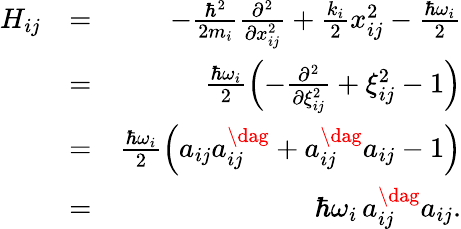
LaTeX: \begin{array}{rlr}{H_{ij}}&{=}&{-\frac{\hbar^{2}}{2m_{i}}\frac{\partial^{2}}{\partial x_{ij}^{2}}+\frac{k_{i}}{2}x_{ij}^{2}-\frac{\hbar\omega_{i}}{2}}\\ &{=}&{\frac{\hbar\omega_{i}}{2}\left(-\frac{\partial^{2}}{\partial\xi_{ij}^{2}}+\xi_{ij}^{2}-1\right)}\\ &{=}&{\frac{\hbar\omega_{i}}{2}\left(a_{ij}a_{ij}^{\dag}+a_{ij}^{\dag}a_{ij}-1\right)}\\ &{=}&{\hbar\omega_{i}\, a_{ij}^{\dag}a_{ij}.}\end{array}